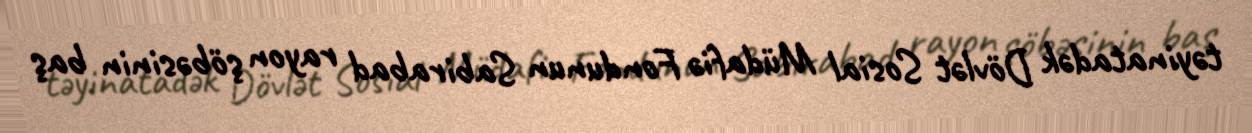
təyinatadək Dövlət Sosial Müdafiə Fondunun Sabirabad rayon şöbəsinin baş